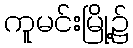
ကူမင်းမြို့၌